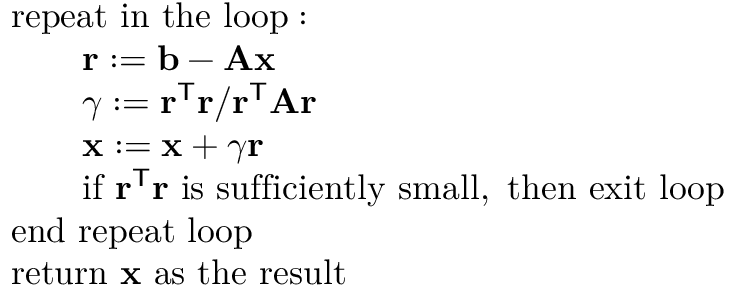
{ \begin{array} { r l } & { { \mathrm { r e p e a t ~ i n ~ t h e ~ l o o p : } } } \\ & { \qquad \mathbf { r } : = \mathbf { b } - \mathbf { A x } } \\ & { \qquad \gamma : = { \mathbf { r } ^ { \mathsf { T } } \mathbf { r } } / { \mathbf { r } ^ { \mathsf { T } } \mathbf { A r } } } \\ & { \qquad \mathbf { x } : = \mathbf { x } + \gamma \mathbf { r } } \\ & { \qquad { \mathrm { i f ~ } } \mathbf { r } ^ { \mathsf { T } } \mathbf { r } { \mathrm { ~ i s ~ s u f f i c i e n t l y ~ s m a l l , ~ t h e n ~ e x i t ~ l o o p } } } \\ & { { \mathrm { e n d ~ r e p e a t ~ l o o p } } } \\ & { { \mathrm { r e t u r n ~ } } \mathbf { x } { \mathrm { ~ a s ~ t h e ~ r e s u l t } } } \end{array} }